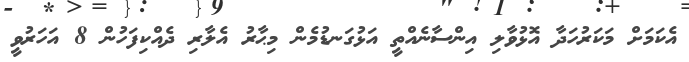
އެކަމަށް މަކަރުހަދާ އޮޅުވާލި އިންސާނެއްތީ އަޅުގަނޑުމެން މިޙާރު އެލާރި ދެއްކިފަހުން 8 އަހަރުވީ